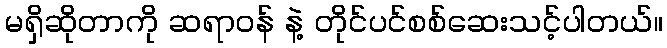
မရှိဆိုတာကို ဆရာဝန် နဲ့ တိုင်ပင်စစ်ဆေးသင့်ပါတယ်။